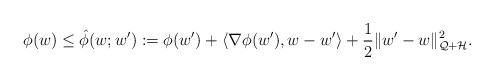
\begin{align*}\phi(w) \leq \hat{\phi}(w; w'): = \phi(w') + \langle \nabla \phi (w'), w - w' \rangle+\frac{1}{2}\|w'-w\|^2_{\mathcal{Q}+\mathcal{H}}.\end{align*}